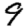
Digit: 9